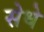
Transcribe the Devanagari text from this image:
सेधे